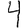
Digit: 4